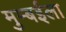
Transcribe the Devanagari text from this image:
मुम्बईला